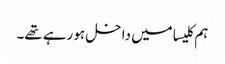
ہم کلیسا میں داخل ہو رہے تھے۔